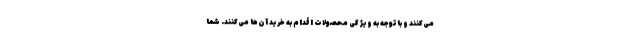
می‌کنند و باتوجه به ویژگی محصولات اقدام به خرید آن‌ها می‌کنند. شما